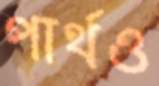
পার্থও